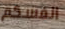
انفسكم